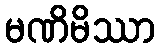
မဏိမိဿာ